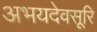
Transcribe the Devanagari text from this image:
अभयदेवसूरि